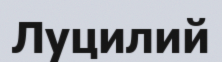
Луцилий